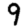
Digit: 9